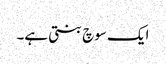
ایک سوچ بنتی ہے۔